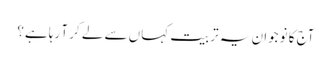
آج کا نوجوان یہ تربیت کہاں سے لے کر آ رہا ہے؟